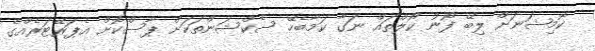
ކޮމިޝަނަށް ލިބޭ ފޯނު ކޯލްތައް ނަގާ ކަމާބެހޭ ސެކްޝަންތަކަށް ޕާސްކޮށް އެޕަރޭޓަރެއްގެ